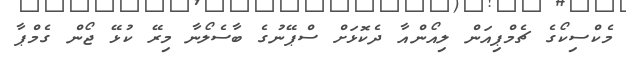
މެކްސިކޯގެ ޗެމްޕިއަން ލިއޯންއާ ދެކޮޅަށް ސްޕޭނުގެ ބާސެލޯނާ މިރޭ ކުޅޭ ޖޯން ގެމްޕާ